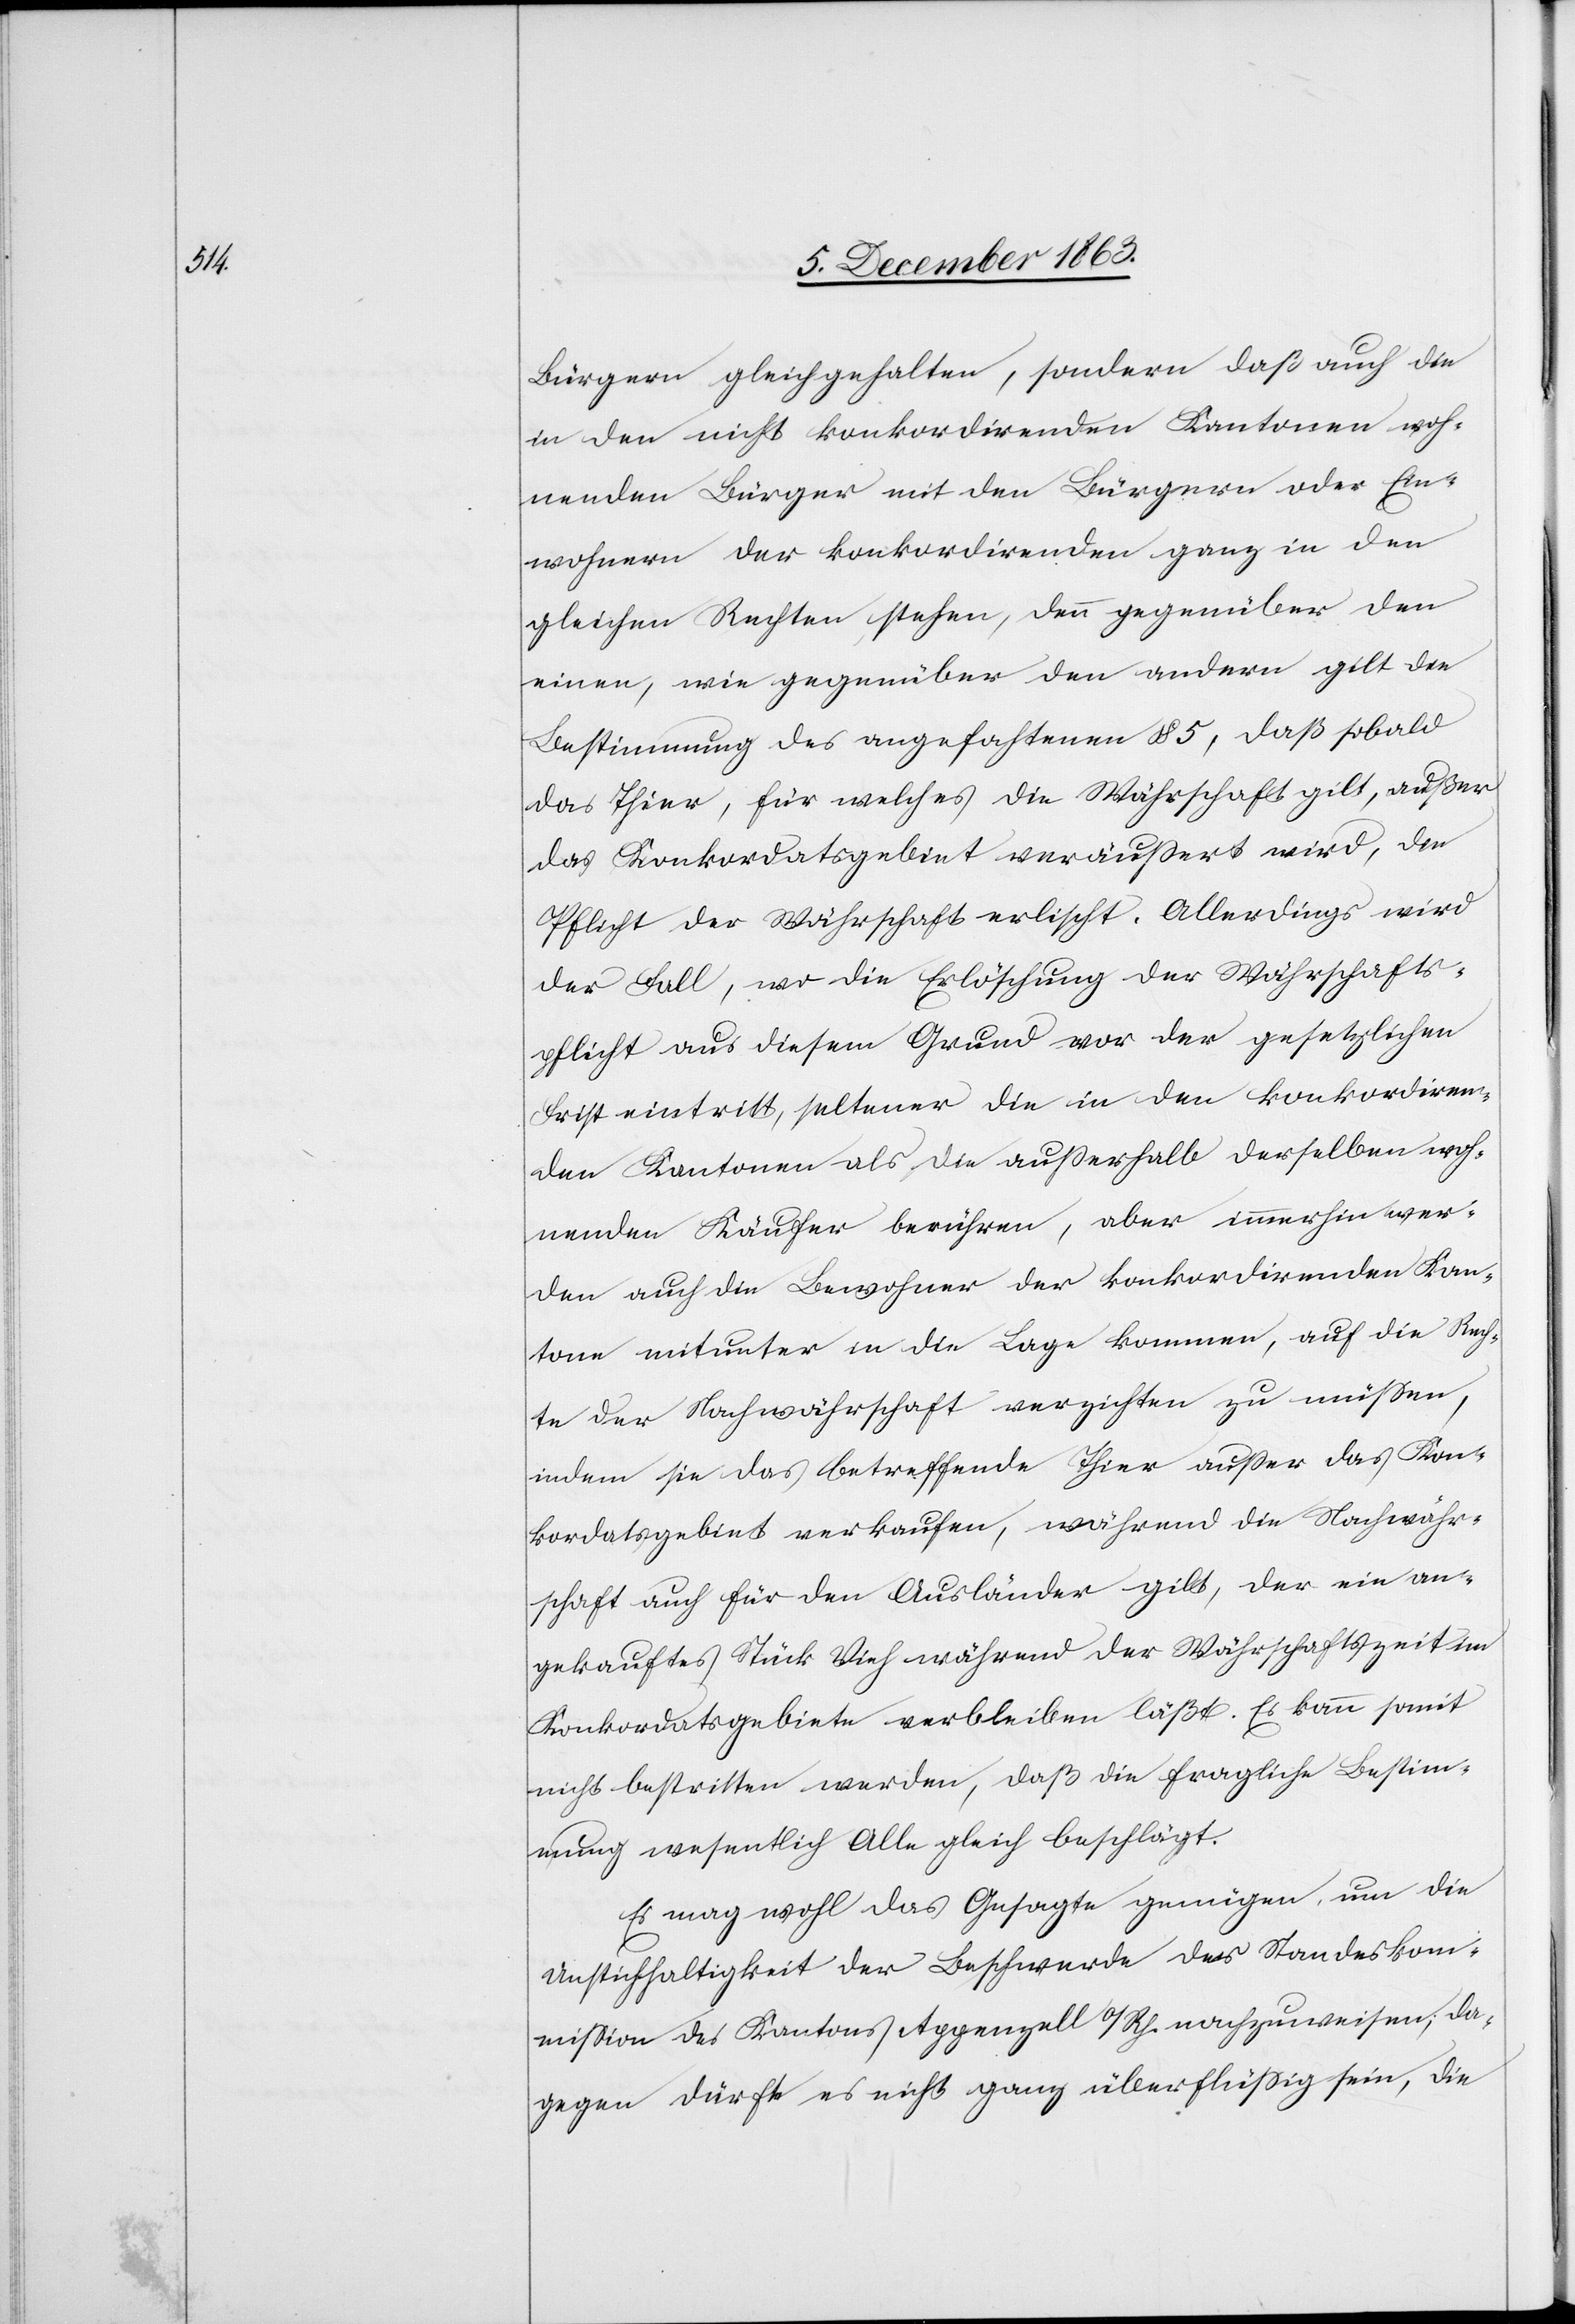
Bürgern gleichgehalten, sondern daß auch die
in den nicht konkordirenden Kantonen woh¬
nenden Bürger mit den Bürgern oder Ein¬
wohnern der konkordirenden ganz in den
gleich Rechten stehen, denn gegenüber den
einen, wie gegenüber den andern gilt die
Bestimmung des angefochtenen § 5, daß sobald
das Thier, für welches die Währschaft gilt, außer
das Konkordatsgebiet veräussert wird, die
Pflicht der Währschaft erlischt. Allerdings wird
der Fall, wo die Erlöschung der Währschafts¬
pflicht aus diesem Grund vor der gesetzlichen
Frist eintritt, seltener die in den konkordiren¬
den Kantonen als die ausserhalb derselben woh¬
nenden Käufer berühren, aber immerhin wer¬
den auch die Bewohner der konkordirenden Kan¬
tone mitunter in die Lage kommen, auf die Rech¬
te der Nachwährschaft verzichten zu müssen,
indem sie das betreffende Thier ausser das Kon¬
kordatsgebiet verkaufen, während die Nachwähr¬
schaft auch für den Ausländer gilt, der ein an¬
gekauftes Stück Vieh während der Währschaftszeit im
Konkordatsgebiete verbleiben läßt. Es kann somit
nicht bestritten werden, daß die fragliche Bestim¬
mung wesentlich Alle gleich beschlägt.
Es mag wohl das Gesagte genügen, um die
Unstichhaltigkeit der Beschwerde der Standeskom¬
mission des Kantons Appenzell a/Rh. nachzuweisen, da¬
gegen dürfte es nicht ganz überflüssig sein, die